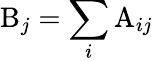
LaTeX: \mathrm{B}_{j}=\sum_{i}\mathrm{A}_{ij}